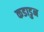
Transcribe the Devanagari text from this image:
कडाडुन